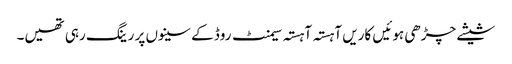
شیشے چڑھی ہوئیں کاریں آہستہ آہستہ سیمنٹ روڈ کے سینوں پر رینگ رہی تھیں۔